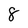
Character: 8